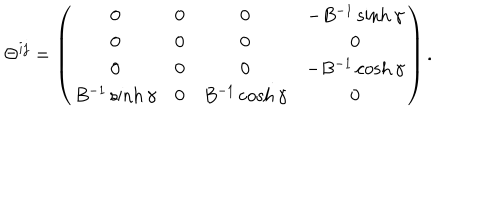
LaTeX: \Theta ^ { i j } = \left( \begin{array} { c c c c } { { 0 } } & { { 0 } } & { { 0 } } & { { - B ^ { - 1 } \sinh \gamma } } \\ { { 0 } } & { { 0 } } & { { 0 } } & { { 0 } } \\ { { 0 } } & { { 0 } } & { { 0 } } & { { - B ^ { - 1 } \cosh \gamma } } \\ { { B ^ { - 1 } \sinh \gamma } } & { { 0 } } & { { B ^ { - 1 } \cosh \gamma } } & { { 0 } } \\ \end{array} \right) .